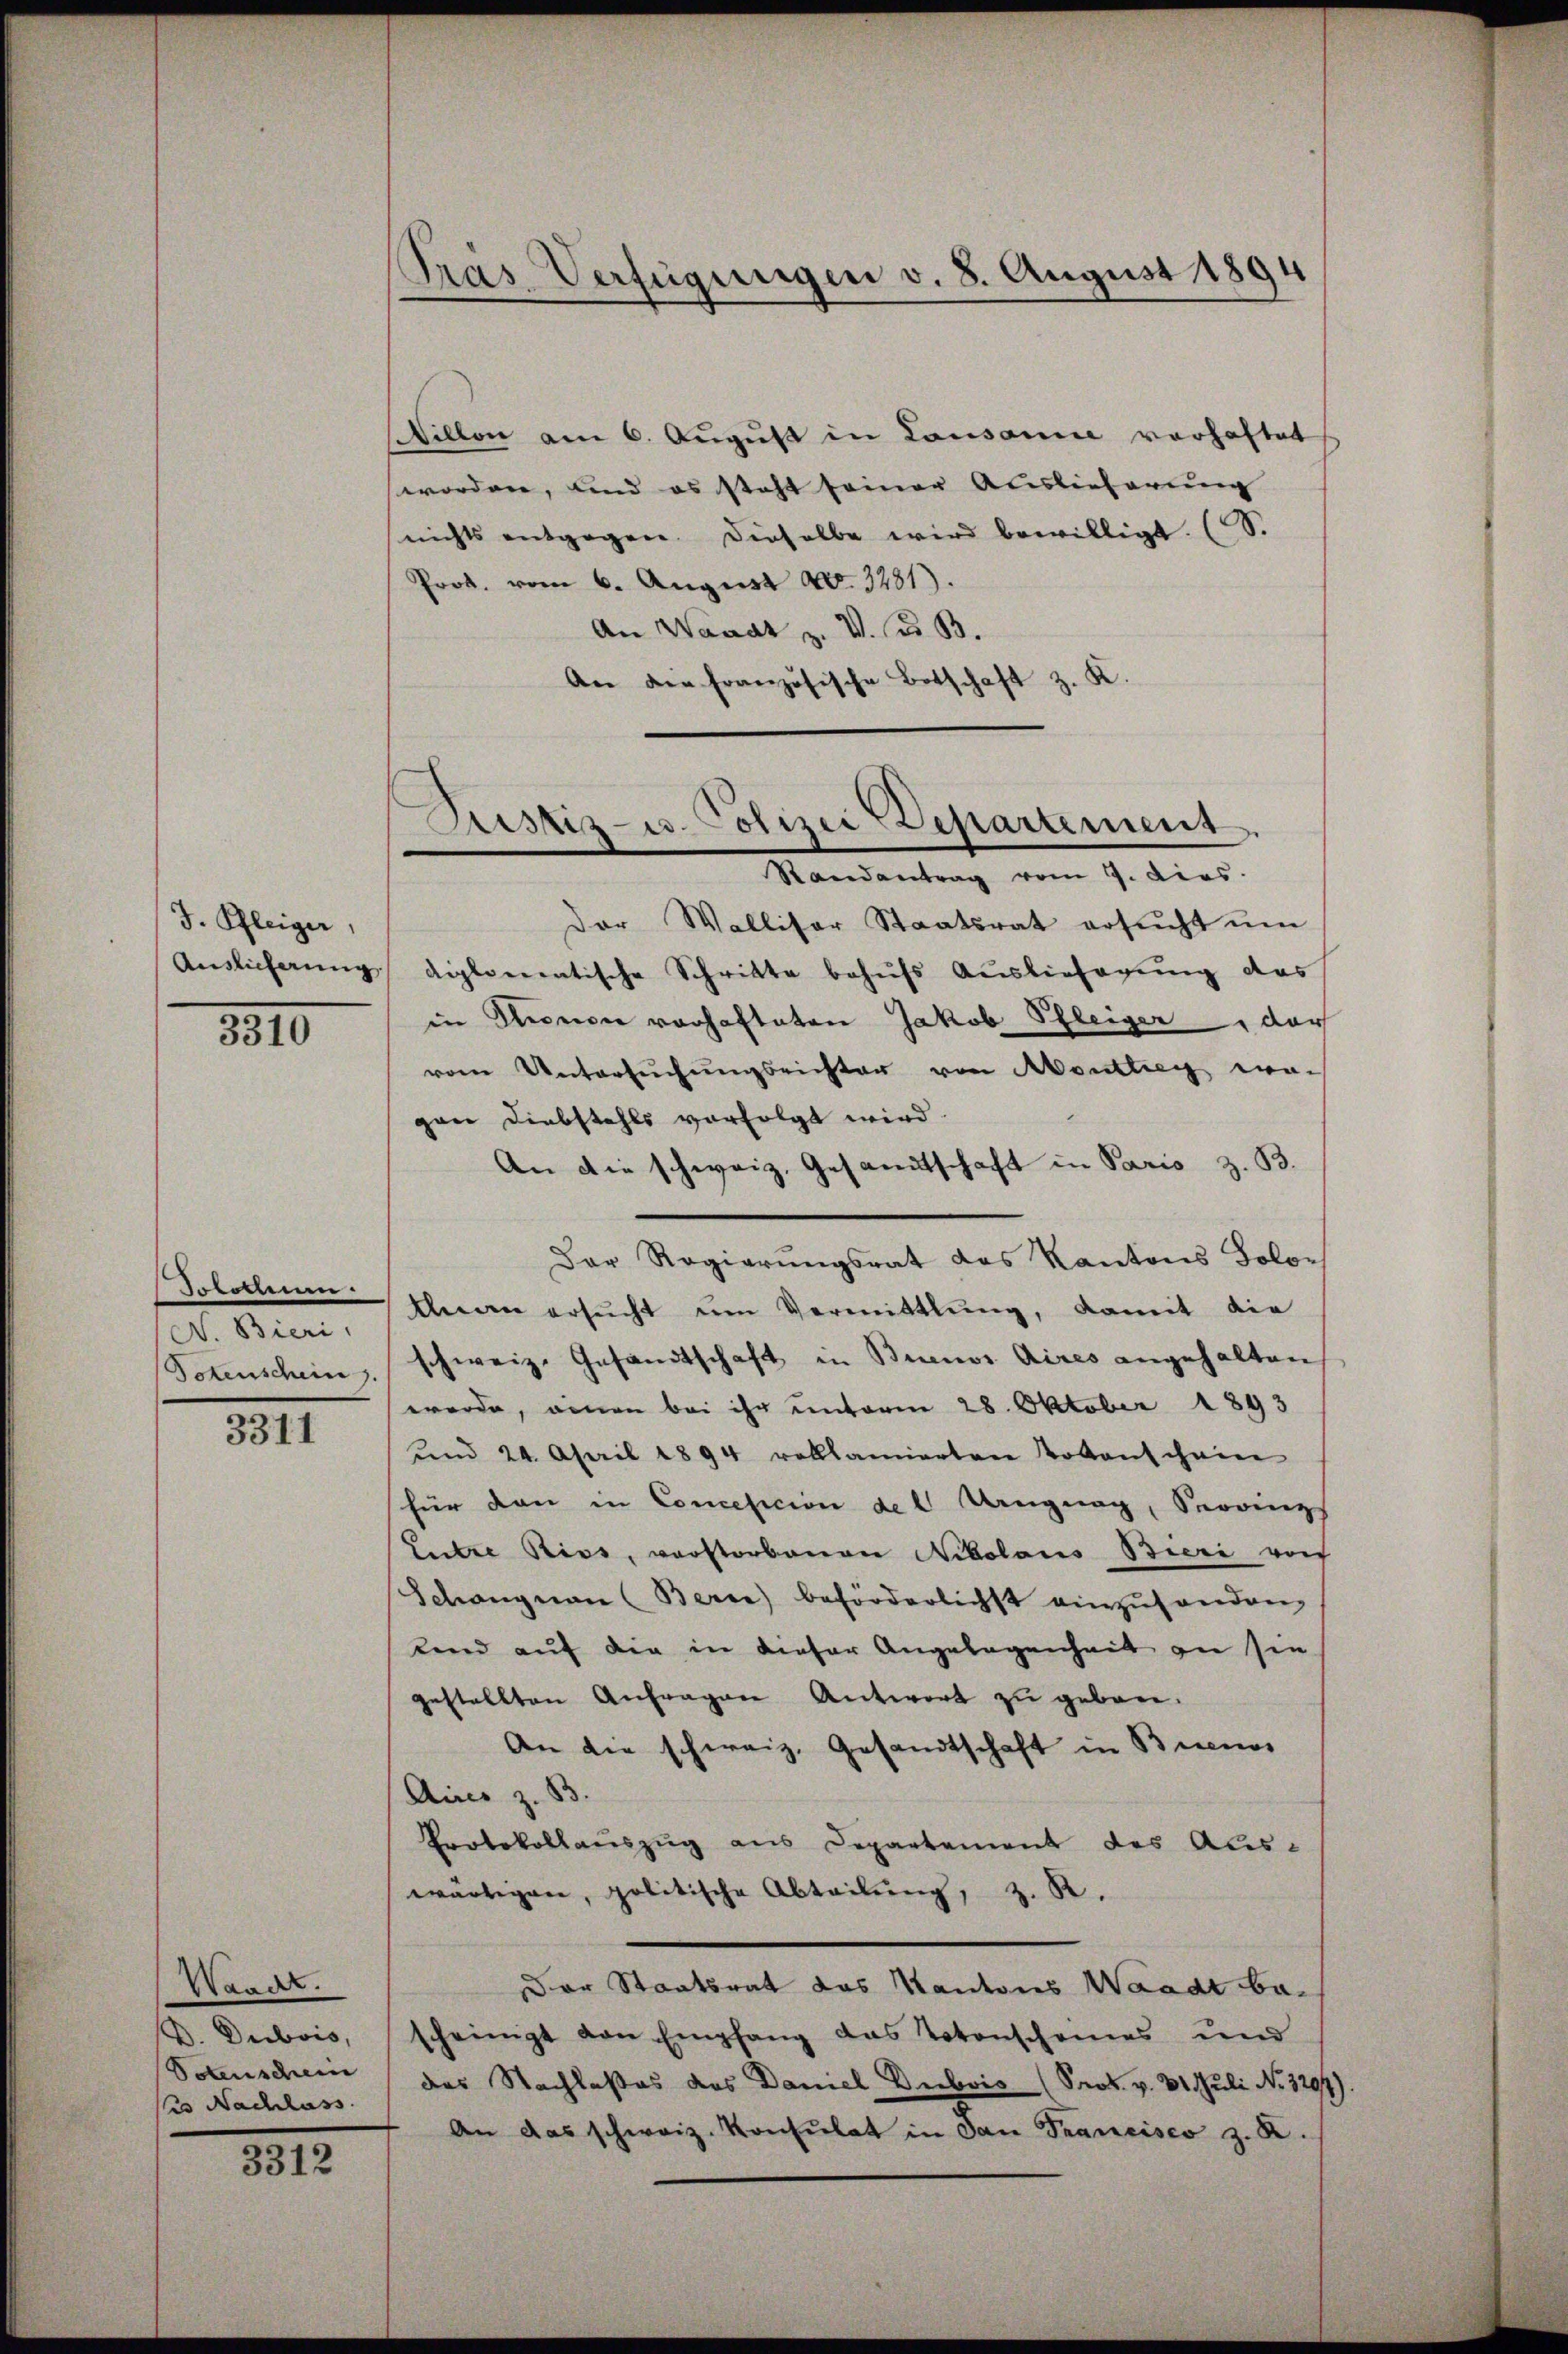
J. Pleiger,
Auslieferung

3310

Jokottin.
N. Bieri,
Dokenschein.

3311

Waadt.
D. Dubois,
Votenschein
es Nachlass

3312

illon am 6. Aŭgŭst in Lausanne vorhaftet
worden, und es steht seiner Auslieferung
nichts entgegen. Dieselbe wird bewilligt. (S.
Prod. vom 6. Aŭgŭst No. 3281).
An Waadt z. V. d. B.
An der französische Botschaft z. K.

Pras Verfügungen v. 8. August 1894

Sistiz-Colizei Departement
Randantrag vom 9. dies

Der Walliser Staatsrat ersŭcht ŭm
diplomentische Schritte behŭfs Auslieferung das
in Thoris vorhafteten Jakob Schleiger der
vom Untersŭchŭngsrichter von Abontteg wa-
gan Diebstahls vorfolgt wird.
An die schweiz. Gesandtschaft in Paris z. B.
Der Regierungsrat das Kantons Solon
Anan ersŭcht ŭm Vermittlung, damit die
schweiz. Gesandtschaft in Buenos Aires angehalten
werde, einen bei ihr unterm 28. Oktober 1893
ŭnd 24. April 1894 volllamierten Votanschein
für den in Concesicion der Ungung, Servings
Leiter Riss, verstorbenen Nikolaus Bieri von
Schangnau (Berne beförderlichst einzuhanden,
lend auf die in dieser Angelegenheit an sie
gestellten Anfragen Antwort zu geben.
An die schweiz. Gesandtschaft in Buenos
Aires z. B.
Protokollauszug aus Departement des Aus-
wärtigen, politische Abteilŭng, z. B.
Der Staatsrat das Kantons Waadt bescheinigt von Empfang das Totenscheines und
des Nachlaßes des Damel Dubois (Prok. v. 31. Juli No. 3297)
An das schweiz. Konsulat in dan Francisco z. B.